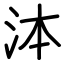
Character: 泍